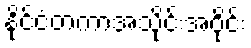
နိုင်ငံတကာအသိုင်းအဝိုင်း